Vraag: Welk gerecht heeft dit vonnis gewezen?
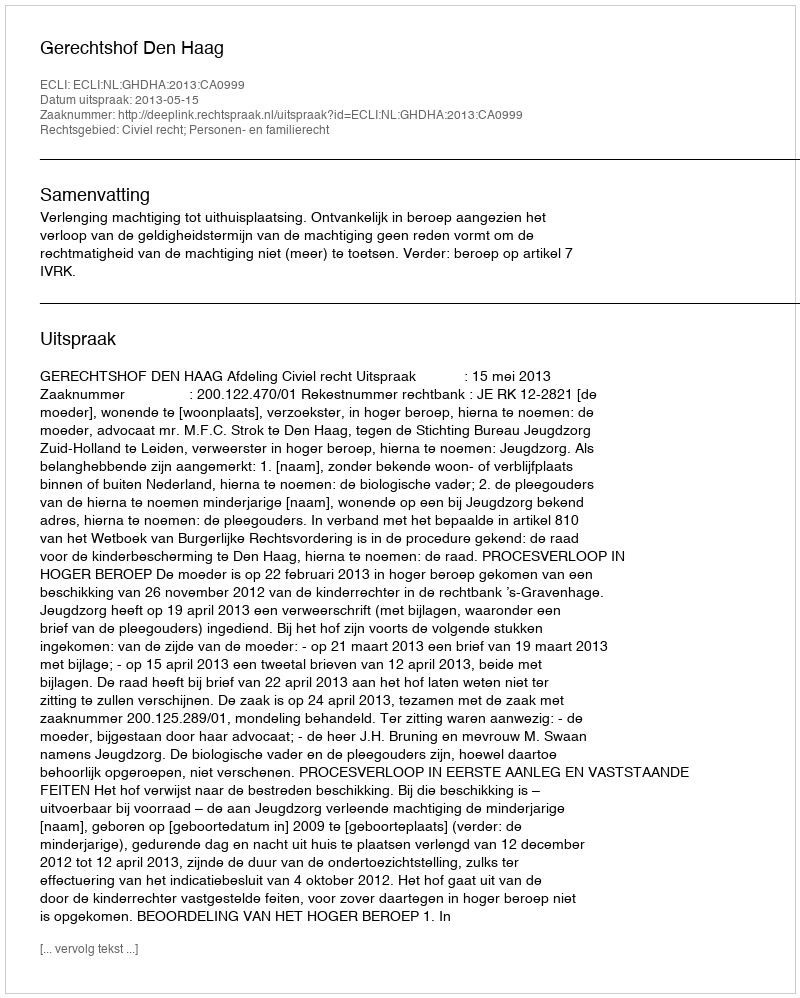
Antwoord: Gerechtshof Den Haag